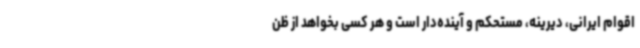
اقوام ایرانی، دیرینه، مستحکم و آینده‌دار است و هر کسی بخواهد از ظن